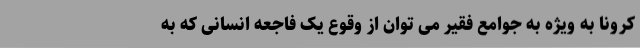
کرونا به ویژه به جوامع فقیر می توان از وقوع یک فاجعه انسانی که به